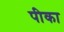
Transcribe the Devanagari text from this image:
पीका